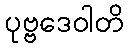
ပုဗ္ဗဒေဝါတိ